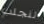
لنجلب